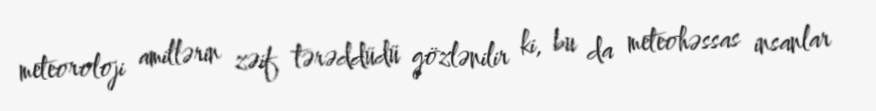
meteoroloji amillərin zəif tərəddüdü gözlənilir ki, bu da meteohəssas insanlar